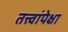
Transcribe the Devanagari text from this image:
तत्त्वांपेक्षा